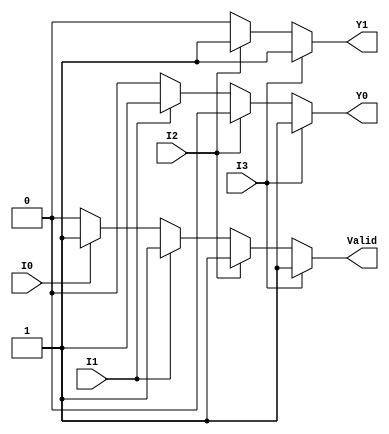
module priority_encoder (
    input wire I3,
    input wire I2,
    input wire I1,
    input wire I0,
    output reg Y1,
    output reg Y0,
    output reg Valid
);

    always @(*) begin
        // Default values
        Y1 = 0;
        Y0 = 0;
        Valid = 0;

        // Priority encoding logic
        if (I3) begin
            Y1 = 1;
            Y0 = 1;
            Valid = 1;
        end else if (I2) begin
            Y1 = 1;
            Y0 = 0;
            Valid = 1;
        end else if (I1) begin
            Y1 = 0;
            Y0 = 1;
            Valid = 1;
        end else if (I0) begin
            Y1 = 0;
            Y0 = 0;
            Valid = 1;
        end else begin
            // All inputs are inactive
            Valid = 0; // This is already set to 0 by default
        end
    end
endmodule